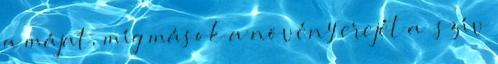
a májat, míg mások a növény erejét a szív